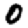
Digit: 0